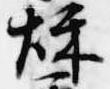
秋